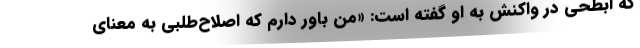
که ابطحی در واکنش به او گفته است: «من باور دارم که اصلاح‌طلبی به معنای